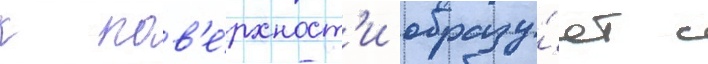
к пов'е́рхност'и образу́ет с